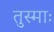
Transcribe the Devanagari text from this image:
तुस्माः